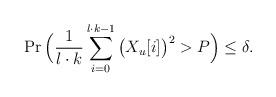
LaTeX: \begin{align*} \Pr\Big(\frac{1}{l\cdot k}\sum_{i=0}^{l\cdot k -1}\big(X_u[i]\big)^2 > P\Big) \le \delta.\end{align*}